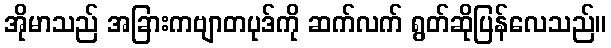
အိုမာသည် အခြားကဗျာတပုဒ်ကို ဆက်လက် ရွတ်ဆိုပြန်လေသည်။